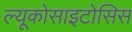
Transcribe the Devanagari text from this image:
ल्यूकोसाइटोसिस